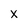
Character: x